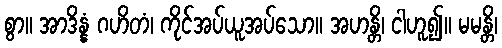
စွာ။ အာဒိန္နံ ဂဟိတံ၊ ကိုင်အပ်ယူအပ်သော။ အဟန္တိ၊ ငါဟူ၍။ မမန္တိ၊